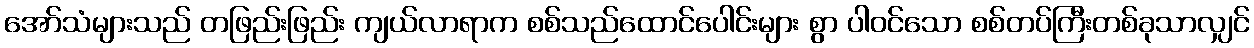
အော်သံများသည် တဖြည်းဖြည်း ကျယ်လာရာက စစ်သည်ထောင်ပေါင်းများ စွာ ပါဝင်သော စစ်တပ်ကြီးတစ်ခုသာလျှင်